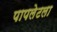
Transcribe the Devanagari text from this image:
पापलेटला